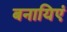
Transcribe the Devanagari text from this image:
बनायिएं